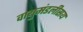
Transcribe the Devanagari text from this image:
वायुमंडलीसय